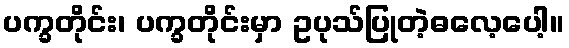
ပက္ခတိုင်း၊ ပက္ခတိုင်းမှာ ဥပုသ်ပြုတဲ့ဓလေ့ပေါ့။